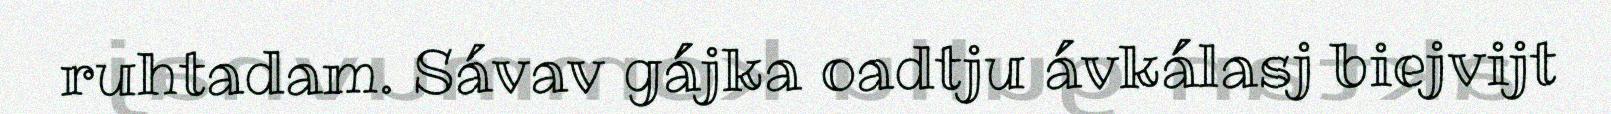
ruhtadam. Sávav gájka oadtju ávkálasj biejvijt